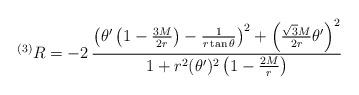
LaTeX: \begin{align*}^{(3)}R = - 2\, \frac{\left( \theta ' \left( 1 - \frac{3M}{2r} \right)- \frac{1}{r \tan \theta } \right) ^2+ \left( \frac{\sqrt{3}M}{2r} \theta ' \right) ^2}{1 + r^2 (\theta ')^2\left( 1 - \frac{2M}{r} \right)} \end{align*}